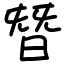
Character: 朁